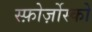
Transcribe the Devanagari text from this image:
स्फ़ोर्ज़ोस्को